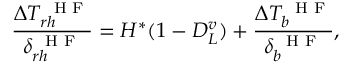
\frac { \Delta T _ { r h } ^ { \mathrm { ~ \scriptsize ~ H ~ F ~ } } } { \delta _ { r h } ^ { \mathrm { ~ \scriptsize ~ H ~ F ~ } } } = H ^ { * } ( 1 - D _ { L } ^ { v } ) + \frac { \Delta T _ { b } ^ { \mathrm { ~ \scriptsize ~ H ~ F ~ } } } { \delta _ { b } ^ { \mathrm { ~ \scriptsize ~ H ~ F ~ } } } ,